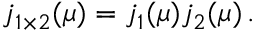
j _ { 1 \times 2 } ( \mu ) = j _ { 1 } ( \mu ) j _ { 2 } ( \mu ) \, .